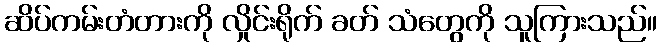
ဆိပ်ကမ်းတံတားကို လှိုင်းရိုက် ခတ် သံတွေကို သူကြားသည်။